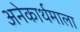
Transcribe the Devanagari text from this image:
अनेकार्थमाला